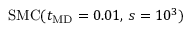
\mathrm { S M C } ( t _ { \mathrm { M D } } = 0 . 0 1 , \, s = 1 0 ^ { 3 } )